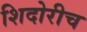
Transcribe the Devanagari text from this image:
शिदोरीच